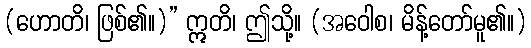
(ဟောတိ၊ ဖြစ်၏။)” ဣတိ၊ ဤသို့။ (အဝေါစ၊ မိန့်တော်မူ၏။)